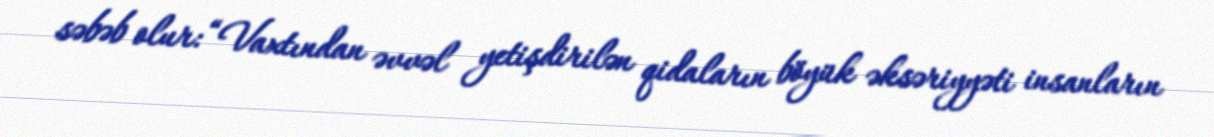
səbəb olur: “Vaxtından əvvəl yetişdirilən qidaların böyük əksəriyyəti insanların